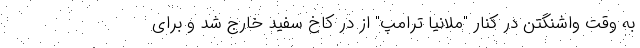
به وقت واشنگتن در کنار "ملانیا ترامپ" از درِ کاخ سفید خارج شد و برای